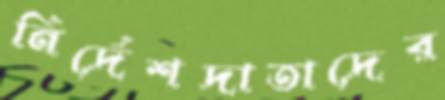
নির্দেশদাতাদের